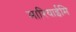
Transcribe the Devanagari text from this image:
मारियाईमि